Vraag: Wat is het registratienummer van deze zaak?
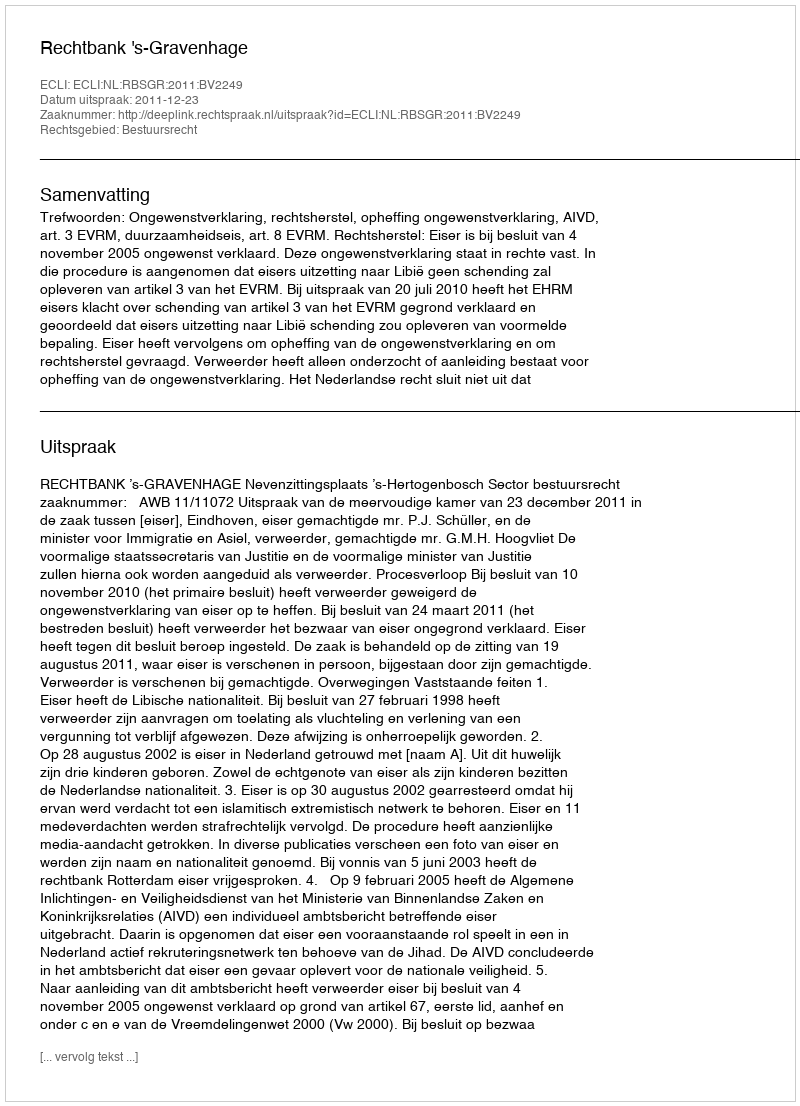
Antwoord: http://deeplink.rechtspraak.nl/uitspraak?id=ECLI:NL:RBSGR:2011:BV2249